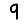
Digit: 9